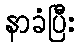
နာခံပြီး